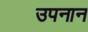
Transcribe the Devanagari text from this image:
उपनान